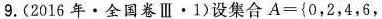
9.(2016年·全国卷Ⅲ·1) 设集合A={0，2，4，6，